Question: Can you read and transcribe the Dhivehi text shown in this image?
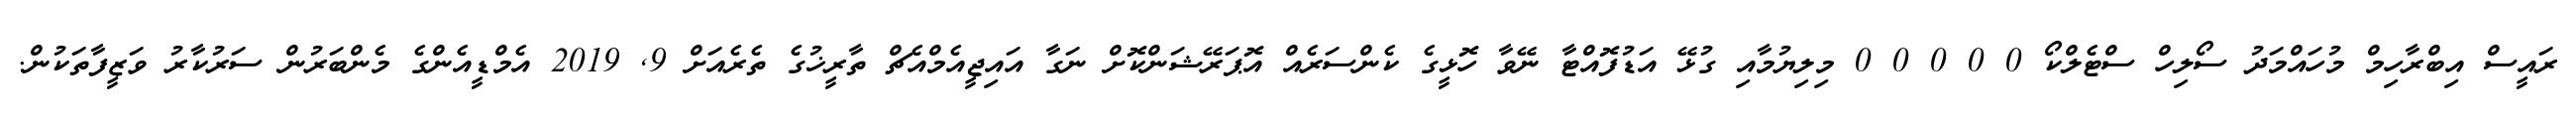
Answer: ރައީސް އިބްރާހިމް މުހައްމަދު ސޯލިހް ސްޓެލްކޯ 0 0 0 0 0 މިލިޔުމާއި ގުޅޭ އަޑުފޮއްޓާ ނޭވާ ހޮޅީގެ ކެންސަރެއް އޮޕަރޭޝަންކޮށް ނަގާ އައިޖީއެމްއެޗް ތާރީޚުގެ ތެރެއަށް 9, 2019 އެމްޑީއެންގެ މެންބަރުން ސަރުކާރު ވަޒީފާތަކުން.